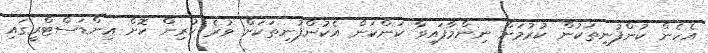
އެހެން ކުންފުނިތަކުން ކުރުމަށް ނިންމާފައިވާ ކަންކަން އެކުންފުނިތަކަށް ވުރެ ކުރިން ކޮށް އިންޑަސްޓްރީގައި